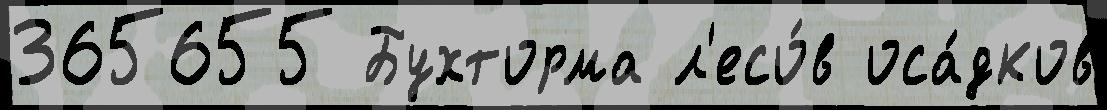
365655 Бухторма л'есо́в оса́дков